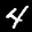
Label: 4